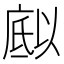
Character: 𭙪